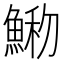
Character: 𩸢